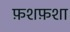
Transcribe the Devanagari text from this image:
फ़शफ़शा